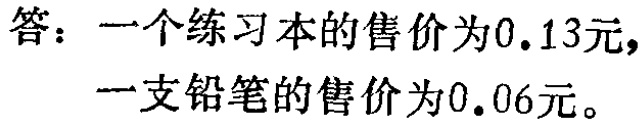
答：一个练习本的售价为\(0.13\)元，一支铅笔的售价为\(0.06\)元。